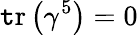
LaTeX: \operatorname{\mathtt{t}r}\left(\gamma^{5}\right)=0